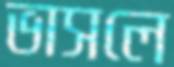
ভাসলে